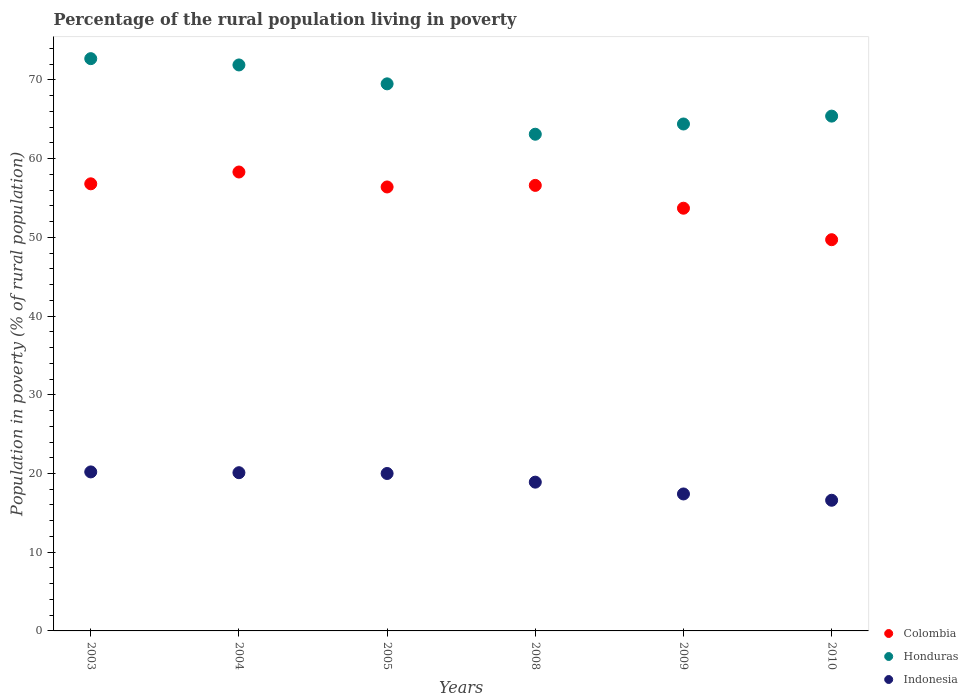
| Years | Colombia | Honduras | Indonesia |
 | --- | --- | --- | --- |
 | 2003 | 56.8 | 72.7 | 20.2 |
 | 2004 | 58.3 | 71.9 | 20.1 |
 | 2005 | 56.4 | 69.5 | 20 |
 | 2008 | 56.6 | 63.1 | 18.9 |
 | 2009 | 53.7 | 64.4 | 17.4 |
 | 2010 | 49.7 | 65.4 | 16.6 |